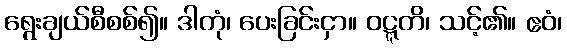
ရွေးချယ်စီစစ်၍။ ဒါတုံ၊ ပေးခြင်းငှာ။ ဝဋ္ဋတိ၊ သင့်၏။ ဧဝံ၊